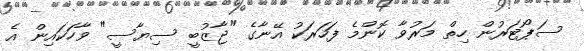
ސަޕޯޓަރުން ހިތް މަރުވާ ކޮންމެ ފަހަރަކު އޭނާގެ "ޖާޒުބީ ސިޔާސީ" ވާހަކައިން އެ